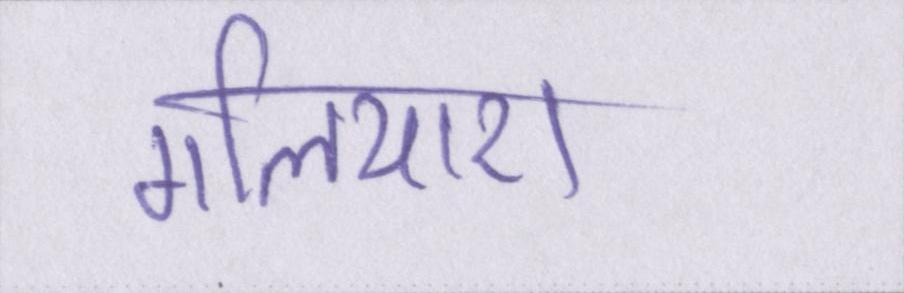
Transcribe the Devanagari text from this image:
गलियारा